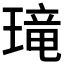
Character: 𱯚